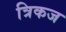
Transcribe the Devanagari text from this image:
त्रिकज